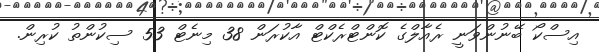
އިސްކޯ ބޭނުންވަނީ ރެއާލްގެ ކޮންޓްރެކްޓް އާކުރަން 38 މިނެޓް 53 ސިކުންތު ކުރިން.